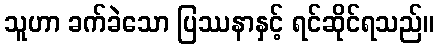
သူဟာ ခက်ခဲသော ပြဿနာနှင့် ရင်ဆိုင်ရသည်။